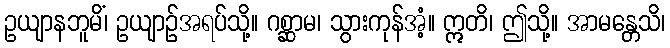
ဥယျာနဘူမိံ၊ ဥယျာဉ်အရပ်သို့။ ဂစ္ဆာမ၊ သွားကုန်အံ့။ ဣတိ၊ ဤသို့။ အာမန္တေသိ၊